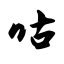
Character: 咕